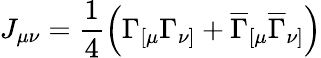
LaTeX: J_{\mu\nu}=\frac 14\left(\Gamma_{[\mu}\Gamma_{\nu]}+\overline{{{\Gamma}}}_{[\mu}\overline{{{\Gamma}}}_{\nu]}\right)